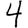
Digit: 4